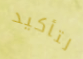
لتأكيد